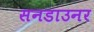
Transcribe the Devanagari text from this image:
सनडाउनर